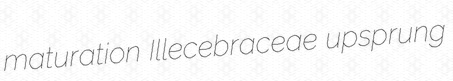
maturation Illecebraceae upsprung